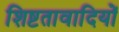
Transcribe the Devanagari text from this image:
शिष्टतावादियों